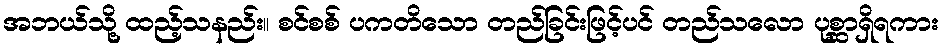
အဘယ်သို့ ထည့်သနည်း။ စင်စစ် ပကတိသော တည်ခြင်းဖြင့်ပင် တည်သလော ပုစ္ဆာရှိရကား